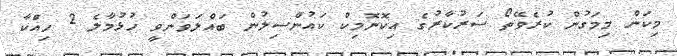
މިކަން މިމަގުން ކުރެވޭތޯ ސަރުކާރުގެ އިކޮނޮމިކް ކައުންސިލުން ބައްލަވަންވީ ހުޅުމާލެ 2 ހިއްކާ